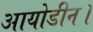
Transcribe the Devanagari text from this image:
आयोडीन।